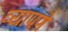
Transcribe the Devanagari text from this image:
व्यापणे